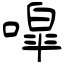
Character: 噑